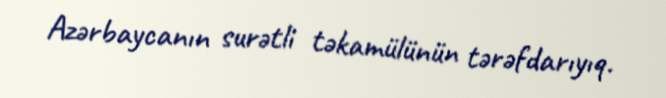
Azərbaycanın surətli təkamülünün tərəfdarıyıq.